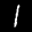
Label: 1